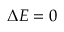
\ensuremath { \Delta E } = 0